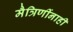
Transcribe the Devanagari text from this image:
मैत्रिणींनाही